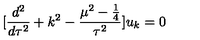
[ \frac { d ^ { 2 } } { d \tau ^ { 2 } } + k ^ { 2 } - \frac { \mu ^ { 2 } - \frac { 1 } { 4 } } { \tau ^ { 2 } } ] u _ { k } = 0